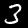
Digit: 3